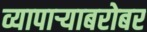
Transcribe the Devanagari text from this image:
व्यापाऱ्याबरोबर